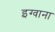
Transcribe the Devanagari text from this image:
इग्वाना